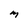
Character: M